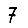
Digit: 7